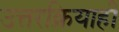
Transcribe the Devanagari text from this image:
उत्तरक्रियाही